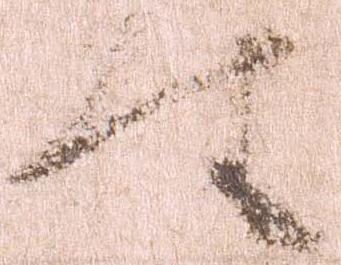
件